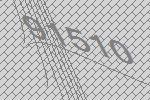
91510